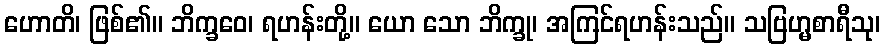
ဟောတိ၊ ဖြစ်၏။ ဘိက္ခဝေ၊ ရဟန်းတို့။ ယော သော ဘိက္ခု၊ အကြင်ရဟန်းသည်။ သဗြဟ္မစာရီသု၊